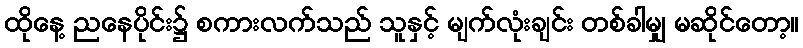
ထိုနေ့ ညနေပိုင်း၌ စကားလက်သည် သူနှင့် မျက်လုံးချင်း တစ်ခါမျှ မဆိုင်တော့။